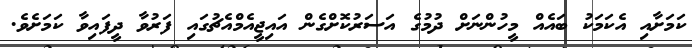
ކަމަށާއި އެކަމަކު ބައެއް މީހުންނަށް ދުމުގެ އަސަރުކޮށްގެން އައިޖީއެމްއެޗުގައި ފަރުވާ ދީފައިވާ ކަމަށެވެ.